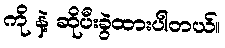
ကို နဲ့ ဆိုပီးခွဲထားပါတယ်။